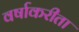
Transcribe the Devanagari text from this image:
वर्षाकरीता